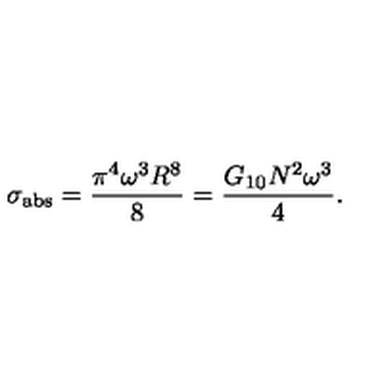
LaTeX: \sigma _ { \mathrm { a b s } } = \frac { \pi ^ { 4 } \omega ^ { 3 } R ^ { 8 } } { 8 } = \frac { G _ { 1 0 } N ^ { 2 } \omega ^ { 3 } } { 4 } .